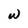
Character: w